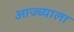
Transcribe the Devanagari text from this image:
आज्च्याला